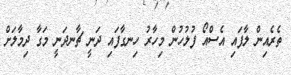
ތެރެއިން ލާފައި އެސްއޯ ފުލުހުން މިހާރު ހިނގާފައި ދަނީ ޗާނދަނީ މަގާ ދިމާލަށް